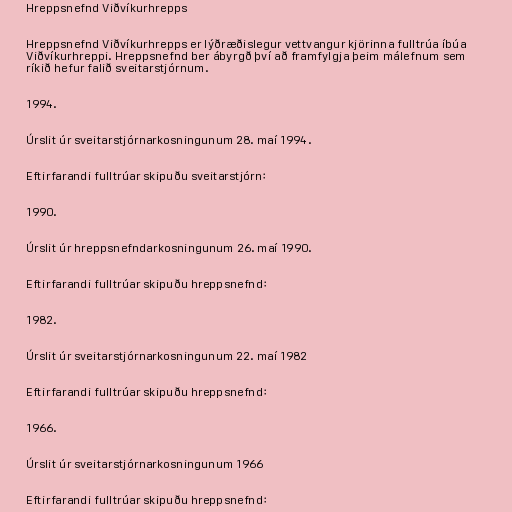
Hreppsnefnd Viðvíkurhrepps

Hreppsnefnd Viðvíkurhrepps er lýðræðislegur vettvangur kjörinna fulltrúa íbúa
Viðvíkurhreppi. Hreppsnefnd ber ábyrgð því að framfylgja þeim málefnum sem
ríkið hefur falið sveitarstjórnum.

1994.

Úrslit úr sveitarstjórnarkosningunum 28. maí 1994.

Eftirfarandi fulltrúar skipuðu sveitarstjórn:

1990.

Úrslit úr hreppsnefndarkosningunum 26. maí 1990.

Eftirfarandi fulltrúar skipuðu hreppsnefnd:

1982.

Úrslit úr sveitarstjórnarkosningunum 22. maí 1982

Eftirfarandi fulltrúar skipuðu hreppsnefnd:

1966.

Úrslit úr sveitarstjórnarkosningunum 1966

Eftirfarandi fulltrúar skipuðu hreppsnefnd: